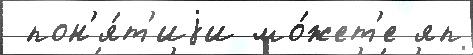
 пон'я́т'иjи мо́жет'е яп